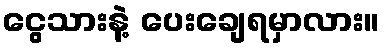
ငွေသားနဲ့ ပေးချေရမှာလား။